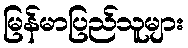
မြန်မာပြည်သူများ